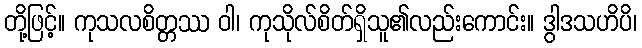
တို့ဖြင့်။ ကုသလစိတ္တဿ ဝါ၊ ကုသိုလ်စိတ်ရှိသူ၏လည်းကောင်း။ ဒွါဒသဟိပိ၊